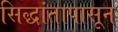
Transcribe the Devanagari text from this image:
सिद्धांतापासून